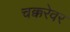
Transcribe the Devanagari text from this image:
चक्करेवर